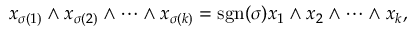
x _ { \sigma ( 1 ) } \wedge x _ { \sigma ( 2 ) } \wedge \cdots \wedge x _ { \sigma ( k ) } = \operatorname { s g n } ( \sigma ) x _ { 1 } \wedge x _ { 2 } \wedge \cdots \wedge x _ { k } ,